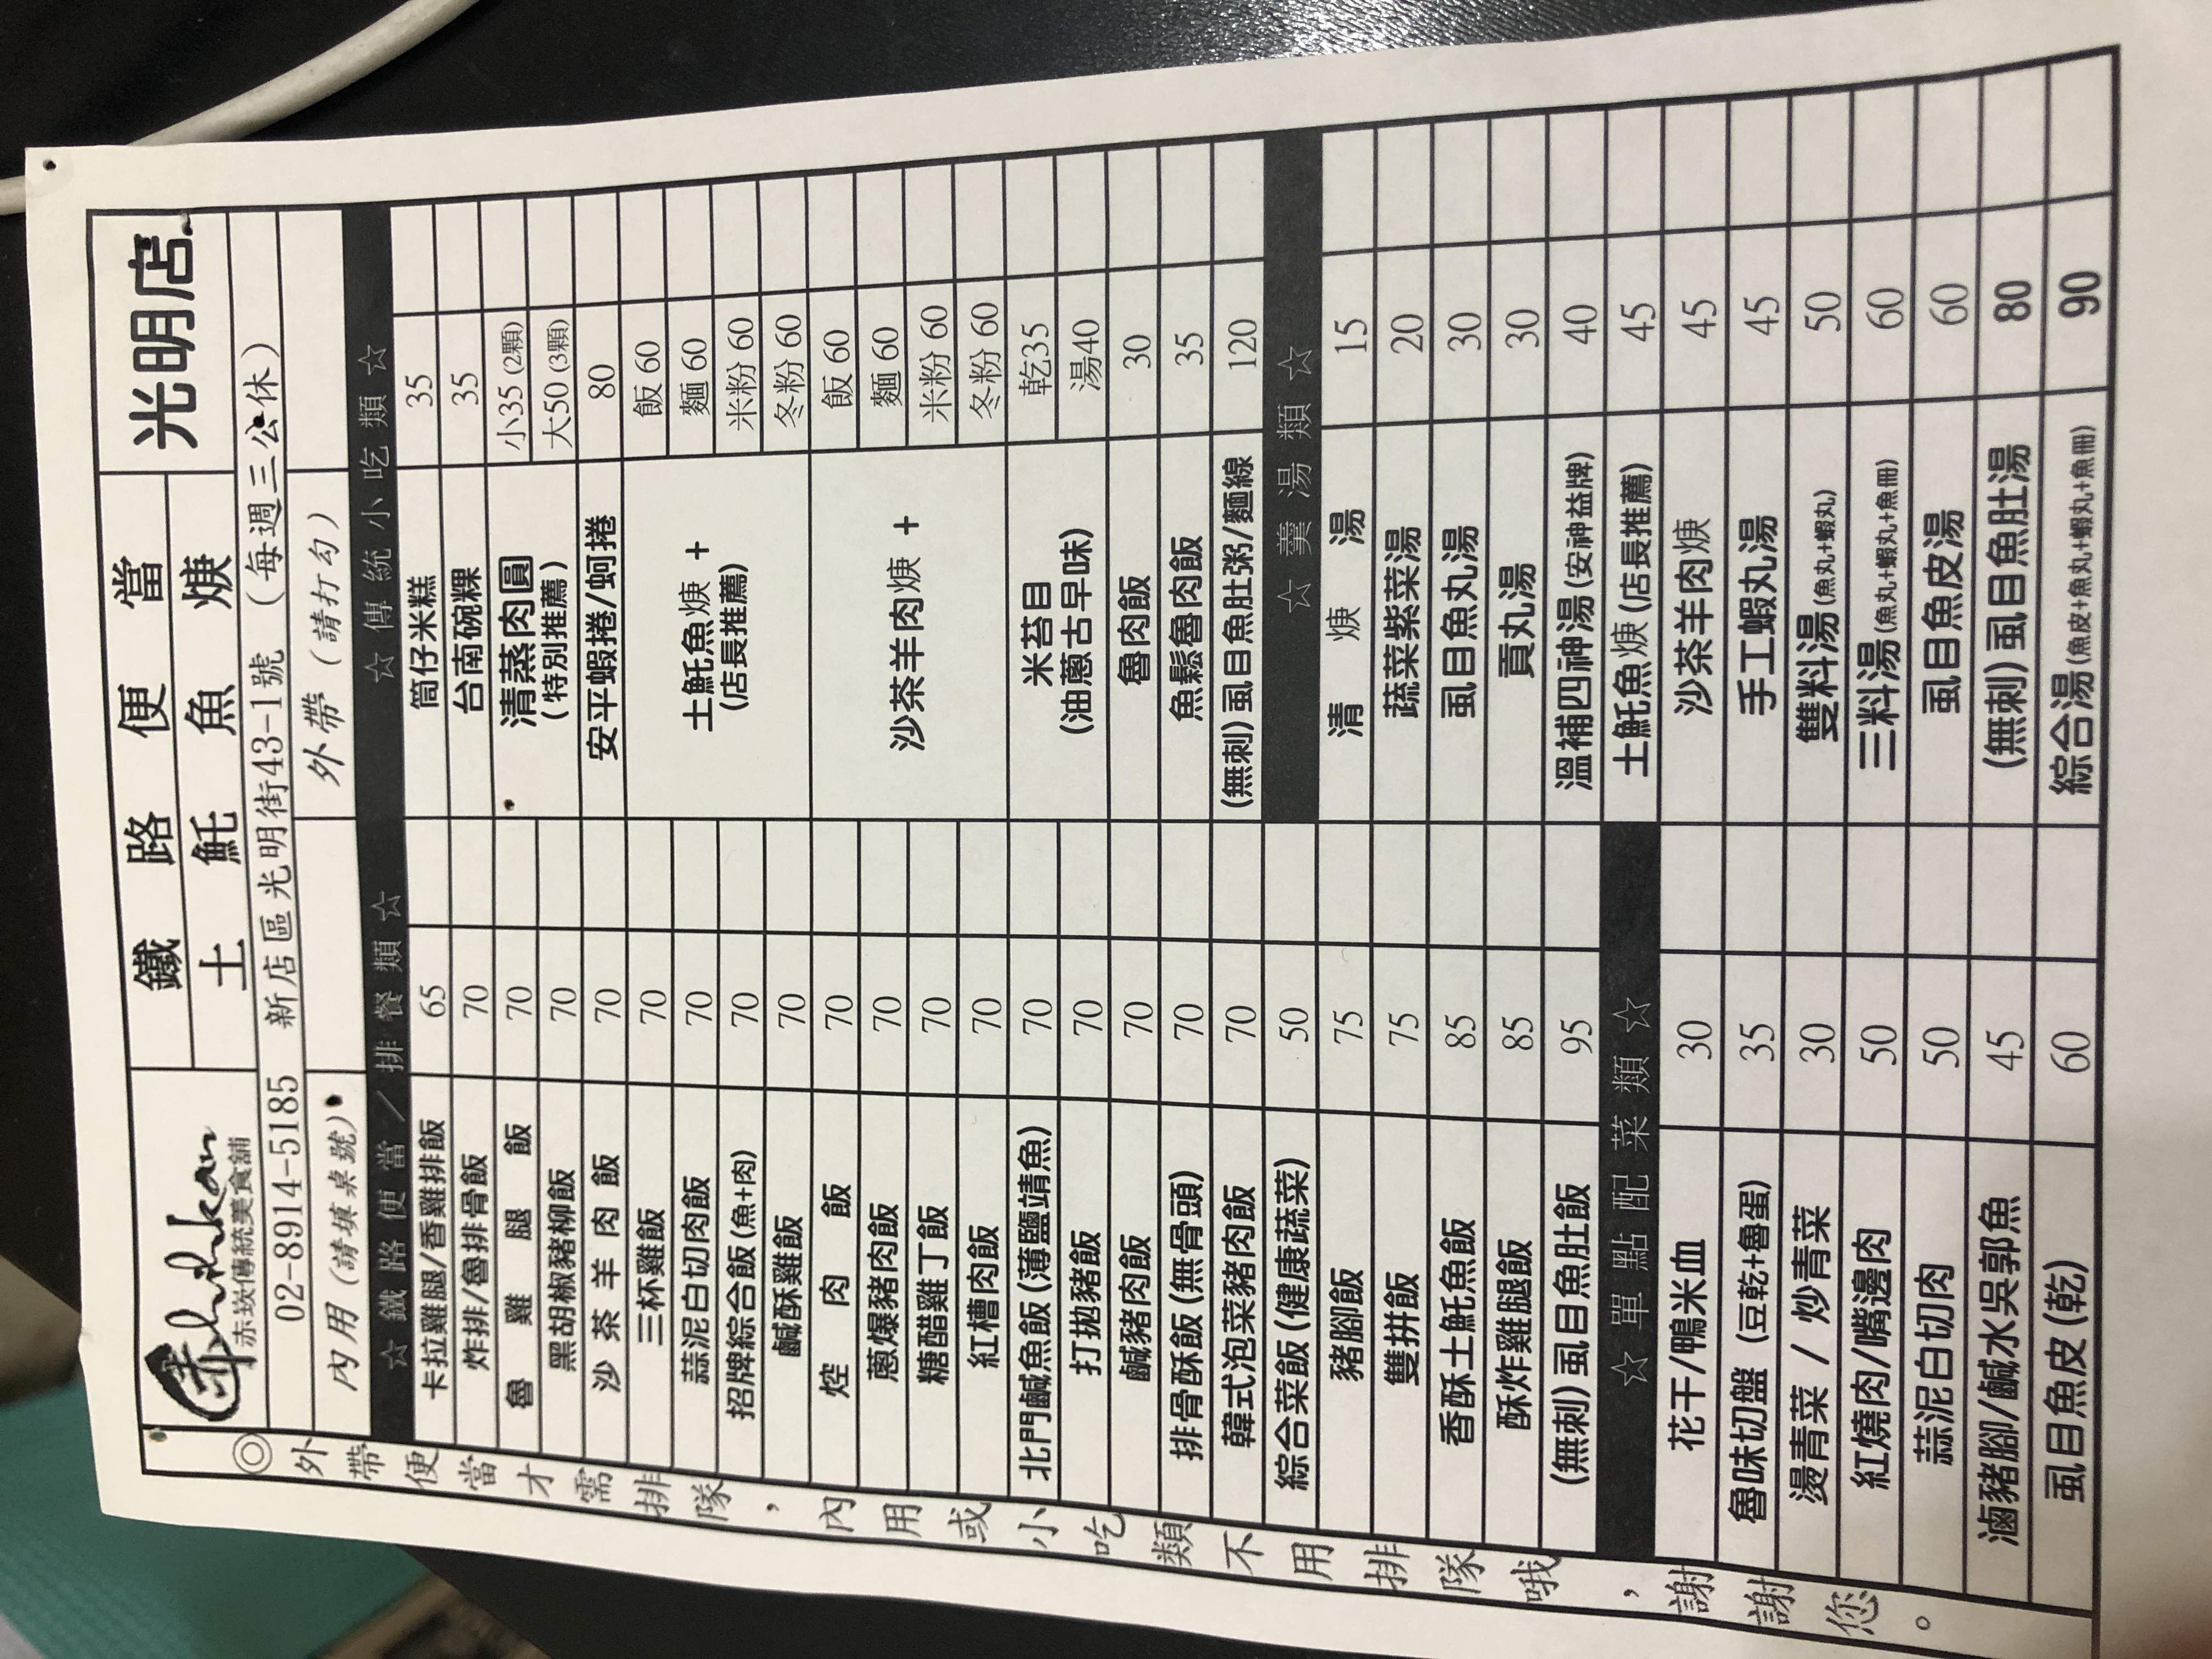
餐廳：赤崁傳統美食舖 (光明店.)
地址：新店區光明街43-1號
電話：02-8914-5185
營業時間：Closed every Wednesday
菜單：
name: 卡拉雞腿/香雞排飯
price: 65
name: 炸排/魯排骨飯
price: 70
name: 魯雞腿飯
price: 70
name: 黑胡椒豬柳飯
price: 70
name: 沙茶羊肉飯
price: 70
name: 三杯雞飯
price: 70
name: 蒜泥白切肉飯
price: 70
name: 招牌綜合飯 (魚+肉)
price: 70
name: 蔥爆豬肉飯
price: 70
name: 糖醋雞丁飯
price: 70
name: 紅糟肉飯
price: 70
name: 北門鹹魚飯 (薄鹽鯖魚)
price: 70
name: 打拋豬飯
price: 70
name: 排骨酥飯 (無骨頭)
price: 70
name: 韓式泡菜豬肉飯
price: 70
name: 綜合菜飯 (健康蔬菜)
price: 50
name: 筒仔米糕
price: 35
name: 台南碗粿
price: 35
name: 清蒸肉圓 (小)
price: 35
name: 清蒸肉圓 (大)
price: 50
name: 虱目魚丸飯
price: 80
name: 虱目魚丸麵
price: 60
name: 虱目魚丸米粉
price: 60
name: 虱目魚丸冬粉
price: 60
name: 土魠魚羹飯
price: 60
name: 土魠魚羹麵
price: 60
name: 土魠魚羹米粉
price: 60
name: 土魠魚羹冬粉
price: 60
name: 沙茶羊肉羹飯
price: 60
name: 沙茶羊肉羹麵
price: 60
name: 沙茶羊肉羹米粉
price: 60
name: 沙茶羊肉羹冬粉
price: 60
name: 米苔目 (乾)
price: 35
name: 米苔目 (湯)
price: 40
name: 虱目魚肉羹
price: 120
name: 清麵線
price: 15
name: 蔬菜羹湯
price: 20
name: 虱目魚丸湯
price: 30
name: 貢丸湯
price: 30
name: 溫補四神湯 (安神益牌)
price: 40
name: 土魠魚羹
price: 45
name: 手工蝦丸湯
price: 45
name: 雙料湯 (魚丸+蝦丸)
price: 50
name: 三料湯 (魚丸+蝦丸+魚冊)
price: 60
name: 虱目魚皮湯
price: 50
name: (無刺)虱目魚肚湯
price: 45
name: 綜合湯 (魚皮+魚丸+蝦丸+魚冊)
price: 60
name: 花干/鴨米血
price: 30
name: 魯味切盤 (豆乾+魯蛋)
price: 35
name: 燙青菜/炒青菜
price: 30
name: 紅燒肉/嘴邊肉
price: 50
name: 蒜泥白切肉
price: 50
name: 滷豬腳/鹹水吳郭魚
price: 45
name: 虱目魚皮 (乾)
price: 60